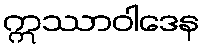
ဣဿာဝါဒေန